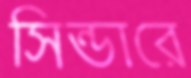
সিন্ডারে